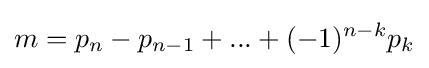
m=p_{n}-p_{n-1}+...+(-1)^{n-k}p_{k}